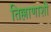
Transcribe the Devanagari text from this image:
तिल्लाणाशी